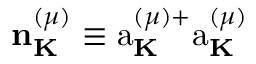
{ \bf n } _ { \bf K } ^ { ( \mu ) } \equiv \mathrm { a } _ { \bf K } ^ { ( \mu ) + } \mathrm { a } _ { \bf K } ^ { ( \mu ) }